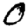
Digit: 0